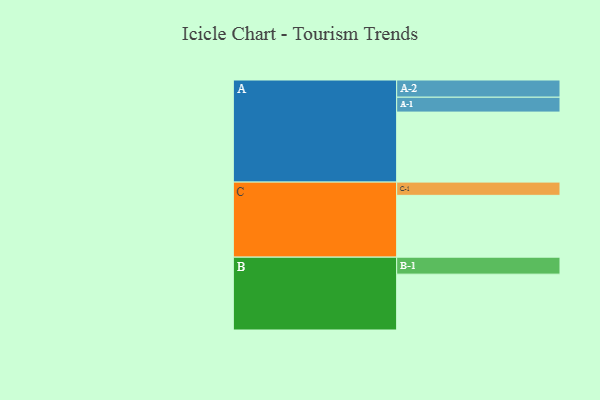
{"axis": {"x": "Segment", "y": "Value"}, "legend": ["", "A", "B", "C"], "data": [{"x": "A", "y": 598, "type": ""}, {"x": "B", "y": 477, "type": ""}, {"x": "C", "y": 528, "type": ""}, {"x": "A-1", "y": 127, "type": "A"}, {"x": "A-2", "y": 147, "type": "A"}, {"x": "B-1", "y": 145, "type": "B"}, {"x": "C-1", "y": 113, "type": "C"}]}